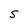
Character: S